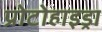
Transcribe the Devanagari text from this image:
प्रोटोहाइड्रा